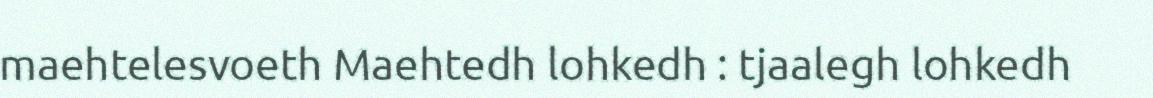
maehtelesvoeth Maehtedh lohkedh : tjaalegh lohkedh